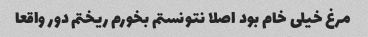
مرغ خیلی خام بود اصلا نتونستم بخورم ریختم دور واقعا